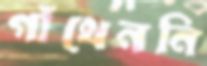
গাঁথেননি